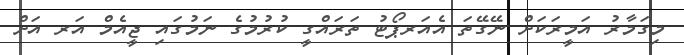
މިގަމާރު އަމީރަކަށް ނޭގޭތަ އެއަރޕޯޓު ތަރައްގީ ކުރުމުގެ ނަމުގައި ޖީއެމް އަރ އަށް